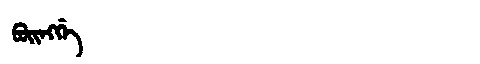
Manchu: ᠪᠣᡳᠩᡤᡝ
Romanization: BOINGGE